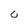
Character: 0